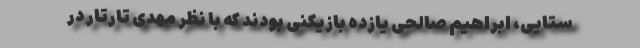
ستایی، ابراهیم صالحی یازده بازیکنی بودند که با نظر مهدی تارتار در